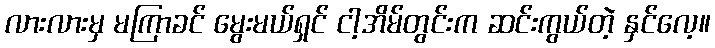
လားလားမှ မကြာခင် မွေးမယ်ရှင် ငါ့အိမ်တွင်းက ဆင်းကွယ်တဲ့ နှင်လေ့။